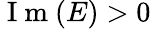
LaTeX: \mathrm{~I~m~}(E)>0